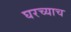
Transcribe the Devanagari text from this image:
घरच्याच